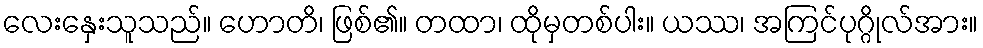
လေးနှေးသူသည်။ ဟောတိ၊ ဖြစ်၏။ တထာ၊ ထိုမှတစ်ပါး။ ယဿ၊ အကြင်ပုဂ္ဂိုလ်အား။